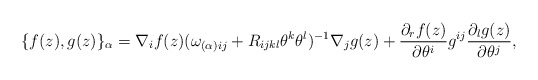
\begin{align*}\{f(z) , g(z)\}_{\alpha}= \nabla_{i}f(z)(\omega_{(\alpha ) ij}+ R_{ijkl}\theta^{k}\theta^{l})^{-1}\nabla_{j}g(z) +\frac{\partial_{r}f(z)}{\partial \theta^i}g^{ij}\frac{\partial_{l}g(z)}{\partial \theta^j},\end{align*}